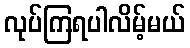
လုပ်ကြရပါလိမ့်မယ်